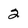
Character: 2